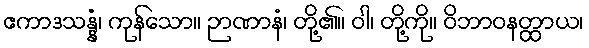
ဧကာဒသန္နံ၊ ကုန်သော။ ဉာဏာနံ၊ တို့၏။ ဝါ၊ တို့ကို။ ဝိဘာဝနတ္ထာယ၊